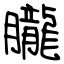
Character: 朧